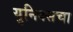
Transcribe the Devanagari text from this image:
युनिक्सचा